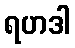
ရဟဒါ